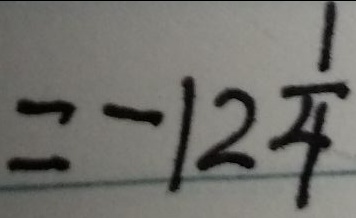
= - 1 2 \frac { 1 } { 4 }